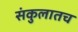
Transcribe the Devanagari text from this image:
संकुलातच